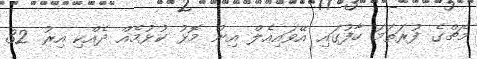
މެޗްގެ ފުރަތަމަ ހާފުގައި އޭވައިއެލް އިން މޮޅު ކުޅުމެއް ދެއްކި އިރު 32